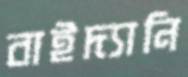
বাইদ্যানি